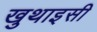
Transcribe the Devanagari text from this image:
खुथाइसी